Indian Medical Review
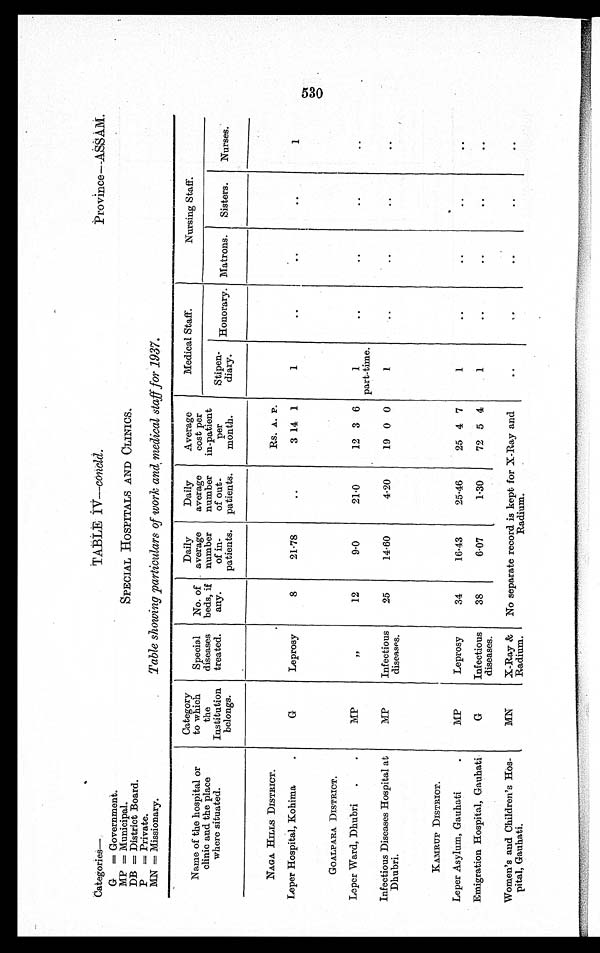
Categories
—
G =Government.
MP = Municipal.
DB = District Board.
P
= Private.
MN= Missionary.
TABLE IV—concld.
Province--ASSAM..
SPECIAL HOSPITALS AND CLINICS.
Table showing particulars of work and medical staff for 1937.
Name of the hospital or
clinic and the place
where situated.
Category
to which
the
Institution
belongs.
Special
diseases
treated.
No. of
beds, if
any.
Daily
average
number
of in-
patients.
Daily
average
number
of out-
patients.
Average
cost per
in-patient
per
month.
Medical Staff.
Nursing Staff.
Sti P en-
diary.
Honorary. Matrons.
Sisters.
Nurses.
NAGA HILLS DISTRICT.
G
Leprosy
8
21.78
..
RS. A. P.
1
..
..
..
1
Leper Hospital, Kohima
.
3 14 1
GOALPARA DISTRICT.
MP
,,
12
9.0
21.0
12 3 6
1
part-time.
..
. .
. .
-
Leper Ward, Dhubri
.
.
Infectious Diseases Hospital at
Dhubri.
MP
Infectious
diseases.
25
14.60
4.20
19 0 0
1
..
. .
. .
. .
KAMRUP DISTRICT .
MP
Leprosy
34
16.43
25.46
25 4 7
1
..
..
..
..
Leper Asylum, Gauhati
Emigration Hospital, Gauhati
G
Infectious
diseases.
38
6.07
1.30
72 5 4
1
..
..
. .
..
Women's and Children's Hos-
pital, Gauhati.
MN
X-Ray &
Radium.
No separate record is kept for X-Ray and
Radium.
..
..
..
. .
. .